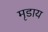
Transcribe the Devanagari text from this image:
मृडाय